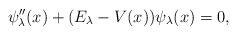
\begin{align*} \psi _{\lambda }^{\prime \prime }(x)+ ( E_{\lambda }-V(x) ) \psi_{\lambda }(x)=0, \end{align*}